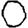
Digit: 0